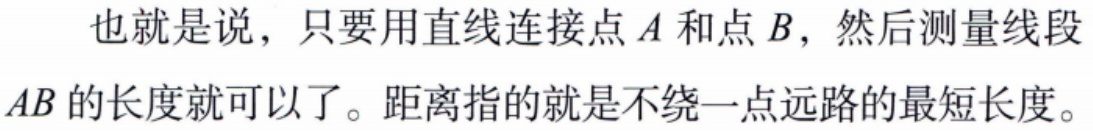
也就是说，只要用直线连接点\(A\)和点\(B\)，然后测量线段\(AB\)的长度就可以了。距离指的就是不绕一点远路的最短长度。